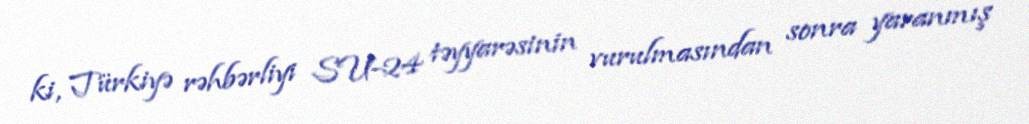
ki, Türkiyə rəhbərliyi SU-24 təyyarəsinin vurulmasından sonra yaranmış